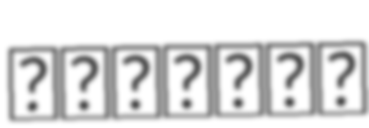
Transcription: دانشگاه